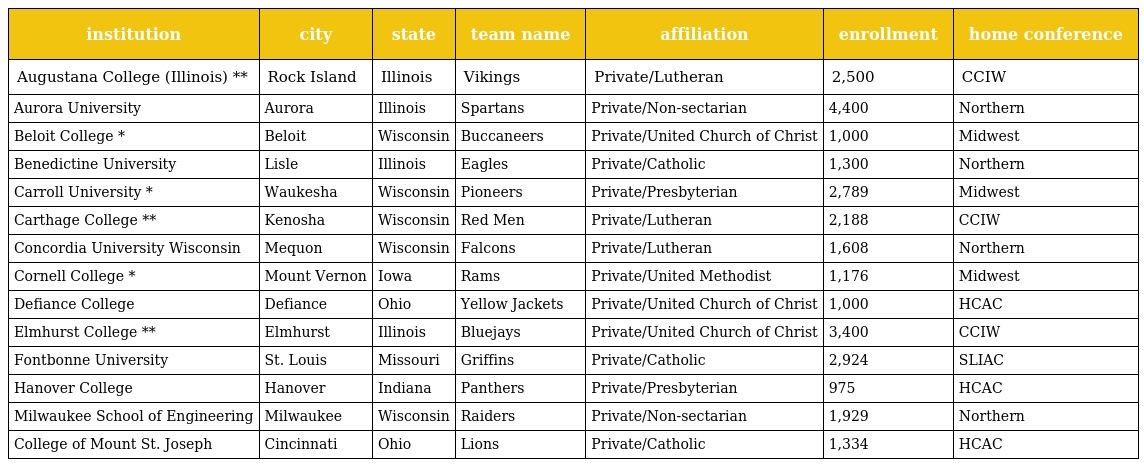
| institution | city | state | team name | affiliation | enrollment | home conference |
 | --- | --- | --- | --- | --- | --- | --- |
 | Augustana College (Illinois) ** | Rock Island | Illinois | Vikings | Private/Lutheran | 2,500 | CCIW |
 | Aurora University | Aurora | Illinois | Spartans | Private/Non-sectarian | 4,400 | Northern |
 | Beloit College * | Beloit | Wisconsin | Buccaneers | Private/United Church of Christ | 1,000 | Midwest |
 | Benedictine University | Lisle | Illinois | Eagles | Private/Catholic | 1,300 | Northern |
 | Carroll University * | Waukesha | Wisconsin | Pioneers | Private/Presbyterian | 2,789 | Midwest |
 | Carthage College ** | Kenosha | Wisconsin | Red Men | Private/Lutheran | 2,188 | CCIW |
 | Concordia University Wisconsin | Mequon | Wisconsin | Falcons | Private/Lutheran | 1,608 | Northern |
 | Cornell College * | Mount Vernon | Iowa | Rams | Private/United Methodist | 1,176 | Midwest |
 | Defiance College | Defiance | Ohio | Yellow Jackets | Private/United Church of Christ | 1,000 | HCAC |
 | Elmhurst College ** | Elmhurst | Illinois | Bluejays | Private/United Church of Christ | 3,400 | CCIW |
 | Fontbonne University | St. Louis | Missouri | Griffins | Private/Catholic | 2,924 | SLIAC |
 | Hanover College | Hanover | Indiana | Panthers | Private/Presbyterian | 975 | HCAC |
 | Milwaukee School of Engineering | Milwaukee | Wisconsin | Raiders | Private/Non-sectarian | 1,929 | Northern |
 | College of Mount St. Joseph | Cincinnati | Ohio | Lions | Private/Catholic | 1,334 | HCAC |